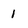
Character: 1